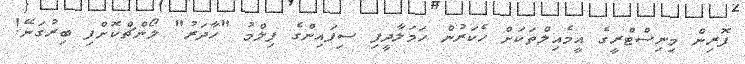
ފޮރިން މިނިސްޓްރީގެ އީމެއިލްތަކަށް ހެކަރުން ހަމަލާދީފި ސިފައިންގެ ފިލްމު "ހާދަރު" ލޯންޗްކޮށްފި ބިރުގަނޭ!